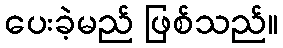
ပေးခဲ့မည် ဖြစ်သည်။